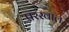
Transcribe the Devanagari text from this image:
परस्वाल